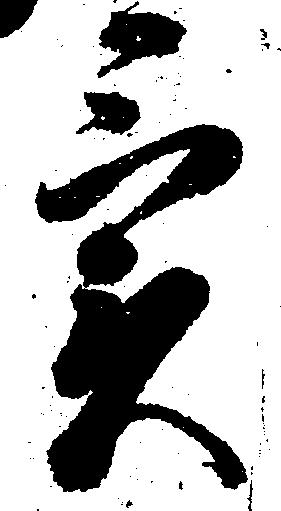
実